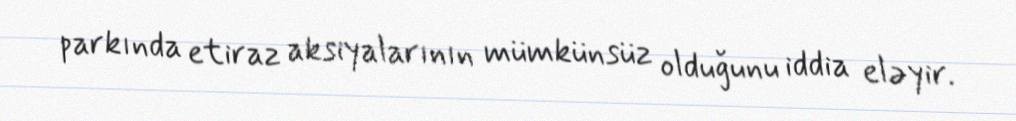
parkında etiraz aksiyalarının mümkünsüz olduğunu iddia eləyir.